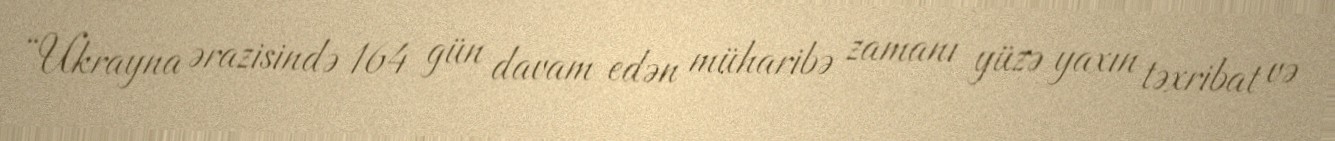
“Ukrayna ərazisində 164 gün davam edən müharibə zamanı yüzə yaxın təxribat və